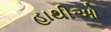
હાથીઓ